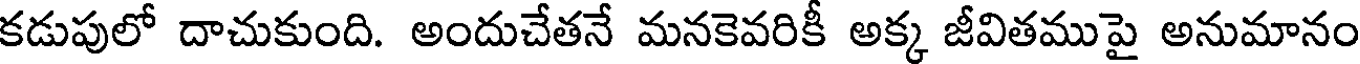
కడుపులో దాచుకుంది. అందుచేతనే మనకెవరికీ అక్క జీవితముపై అనుమానం